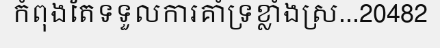
កំពុងតែទទួលការគាំទ្រខ្លាំងស្រ...20482